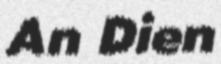
An Dien